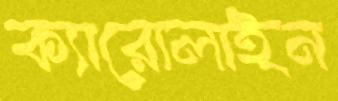
ক্যারোলাইন